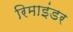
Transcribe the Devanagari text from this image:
रिमाइंडर